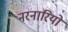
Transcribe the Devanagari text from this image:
नरनारियो